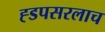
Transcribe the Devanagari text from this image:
ह्डपसरलाच